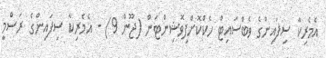
އެމެރިކާ ސިފައިންގެ ވެބްސައިޓް ހެކްކޮށްފިވޮޝިންޓަން (ޖޫން 9) - އެމެރިކާ ސިފައިންގެ ރަސްމީ